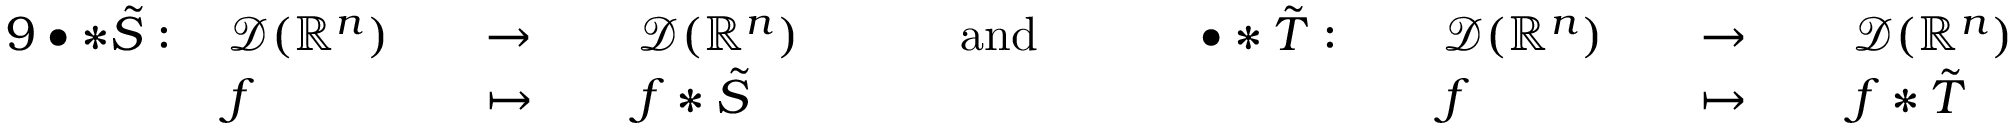
{ \begin{array} { r l r l r l r l r l r l r l r l } { { 9 } \bullet \ast { \tilde { S } } : \, } & { { \mathcal { D } } ( \mathbb { R } ^ { n } ) } & & { \to \, } & & { { \mathcal { D } } ( \mathbb { R } ^ { n } ) } & & { \quad { \mathrm { ~ a n d ~ } } \quad } & & { \bullet \ast { \tilde { T } } : \, } & & { { \mathcal { D } } ( \mathbb { R } ^ { n } ) } & & { \to \, } & & { { \mathcal { D } } ( \mathbb { R } ^ { n } ) } \\ & { f } & & { \mapsto \, } & & { f \ast { \tilde { S } } } & & { } & & { } & & { f } & & { \mapsto \, } & & { f \ast { \tilde { T } } } \end{array} }